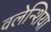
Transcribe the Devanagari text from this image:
वलेन्शिया